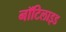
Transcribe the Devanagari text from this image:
नॉटिलाइड